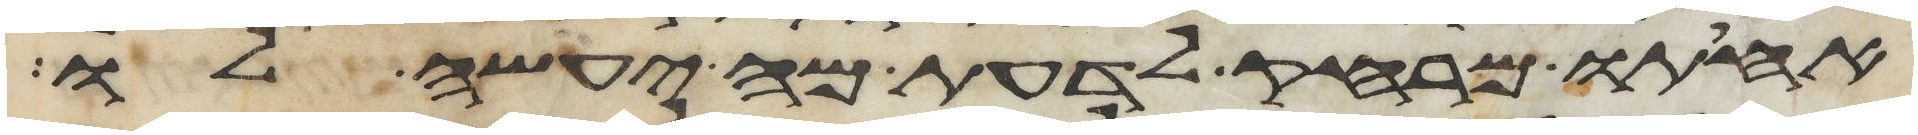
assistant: אחותו מרחק לדעת מה יעשה לו